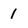
Character: 1